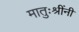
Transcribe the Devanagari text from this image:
मातुःश्रींनी